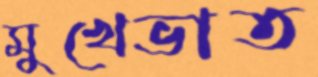
মুখেভাত